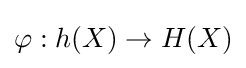
\varphi :h(X)\to H(X)